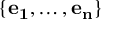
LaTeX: \{ \mathbf { e _ { 1 } } , \dots , \mathbf { e _ { n } } \}